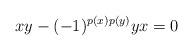
\begin{align*}xy - (-1)^{p(x)p(y)} yx = 0\end{align*}